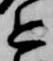
近